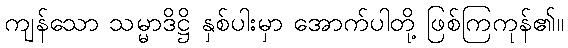
ကျန်သော သမ္မာဒိဋ္ဌိ နှစ်ပါးမှာ အောက်ပါတို့ ဖြစ်ကြကုန်၏။